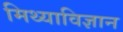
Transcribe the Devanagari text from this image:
मिथ्याविज्ञान